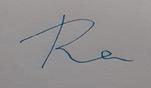
Signature authenticity: forged